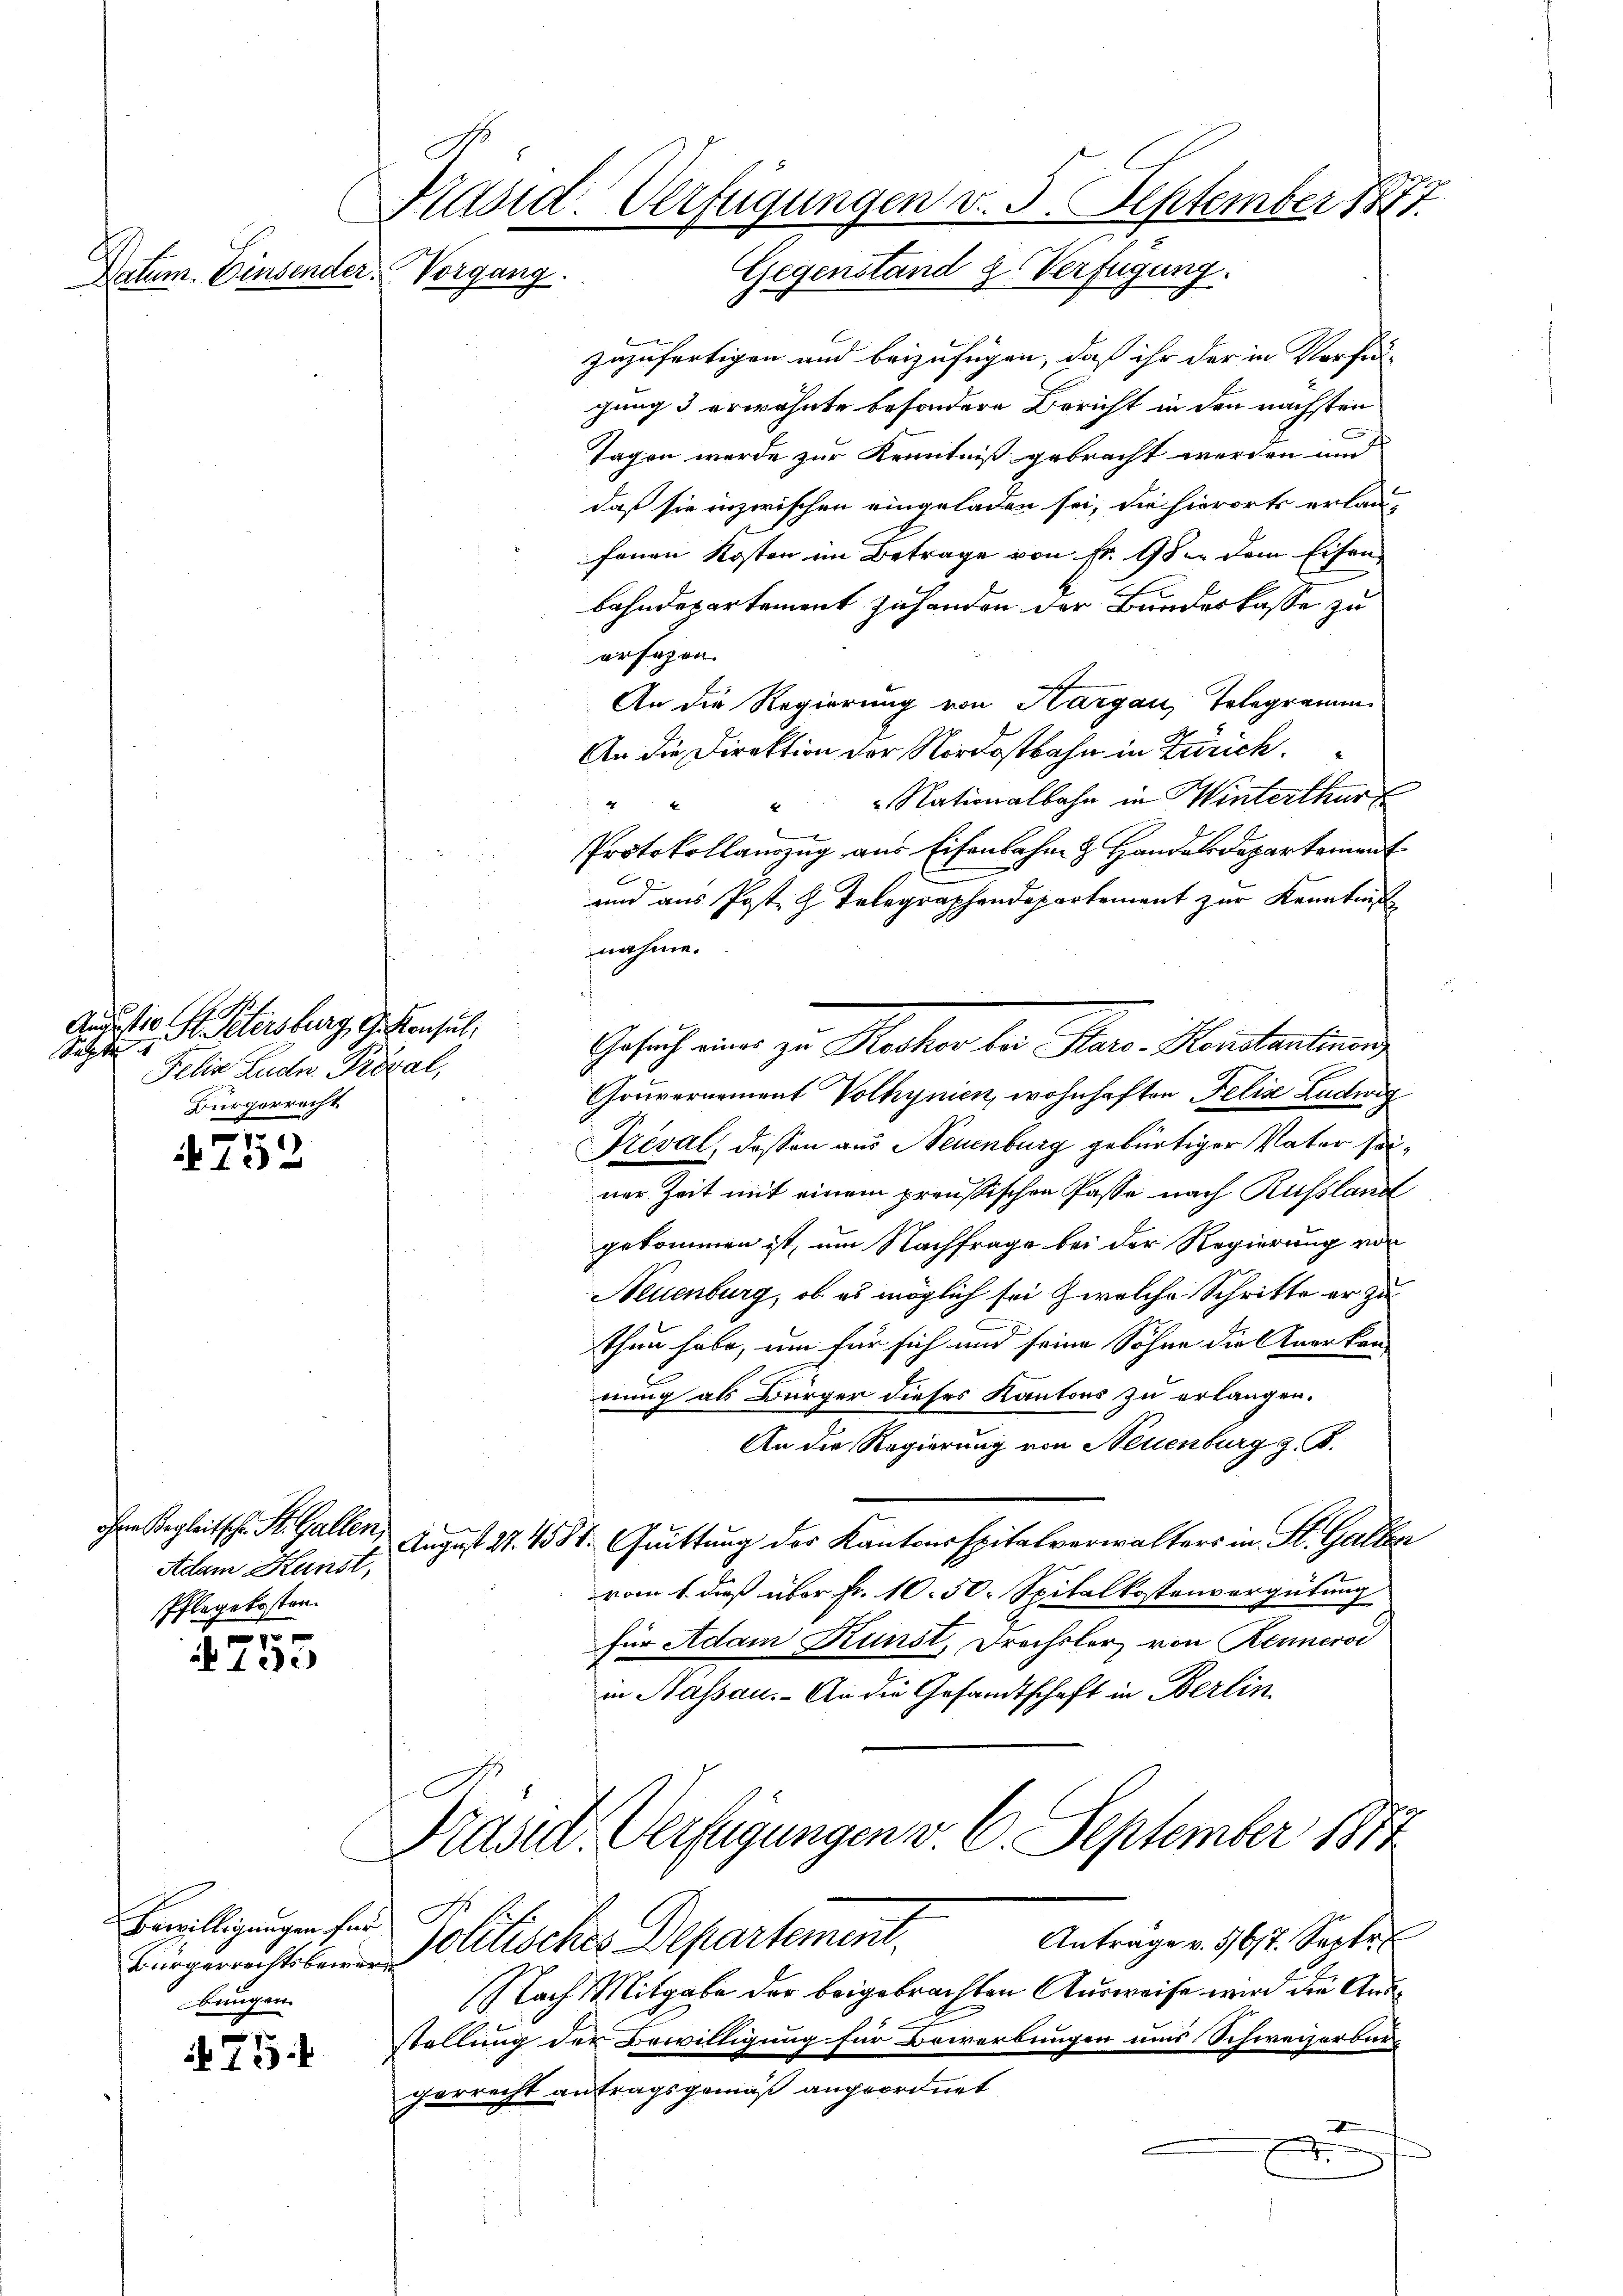
Datum. Einsender. Vorgang.

Ausste Hr. Petersburg, G. Konsul,
Septe
Felix Zudn. Prozal,
Bürgerrecht

1
12

Adam Kunst,
Pflegekosten.
1

1 de

Bewilligungen für
Bürgerrechtsbewerbungen.

75

zuzufertigen und beizufügen, daß ihr der in Verfü-
gung 3 erwähnte besondere Bericht in den nächsten
Tagen werde zur Kenntniß gebracht werden und
daß sie inzwischen eingeladen sei, die hierorts erlaufonen Kosten im Betrage von fr. 18 dem Eisen
bahndepartement zu handen der Bundeskasse zu
orsehen.
An die Regierung von Hargau, Telegramm
An die Direktion der Nordostbahn in Zürich.
" Nationalbahn in Winterthur
44
Protokollauszug aus Eisenbahn & Handels Departement
und aus Post. H. Telegraphendepartement zur Kenntniß
nahme.
Gouvernement Volhynien, wohnhaften Felis Ludwig
Fréval, dessen aus Neuenburg gebürtiger Vater seiner Zeit mit einem preußischen Pässe nach Russland
gekommen ist, um Nachfrage bei der Regierung vor
Neuenburg, ob es möglich sei welche Schritte er zu
thun habe, um für sich und seine Söhne die Anerken-
nung als Bürger dieses Kantons zu erlangen.
An die Regierung von Neuenburg z. B.
Ihre Begleitsche St. Gallen, August 27. 481. Quittung des Kantonsspitalverwalters in St. Galler
vom 1. dieß über Fr. 10. 50. Spitalkostenvergütung
für Adam Kunst, Drechsler von Renneri
in Bassau. An die Gesandtschaft in Berlin
Präsid. Verfügungen v. 6. September 1817
Politisches Departement,
Anträge v. 5617. Septe
Nach Mitgabe der beigebrachten Ausweise wird die Ausstellung der Bewilligung für Bewerbungen und Schweizerbür
gerrecht antragsgemäß angeordnet
g
x

Präsid. Verfügungen v. 5. September 1871.
Gegenstand & Verfügung.

Gesuch eine zu Rechen bei Rat. Montantin